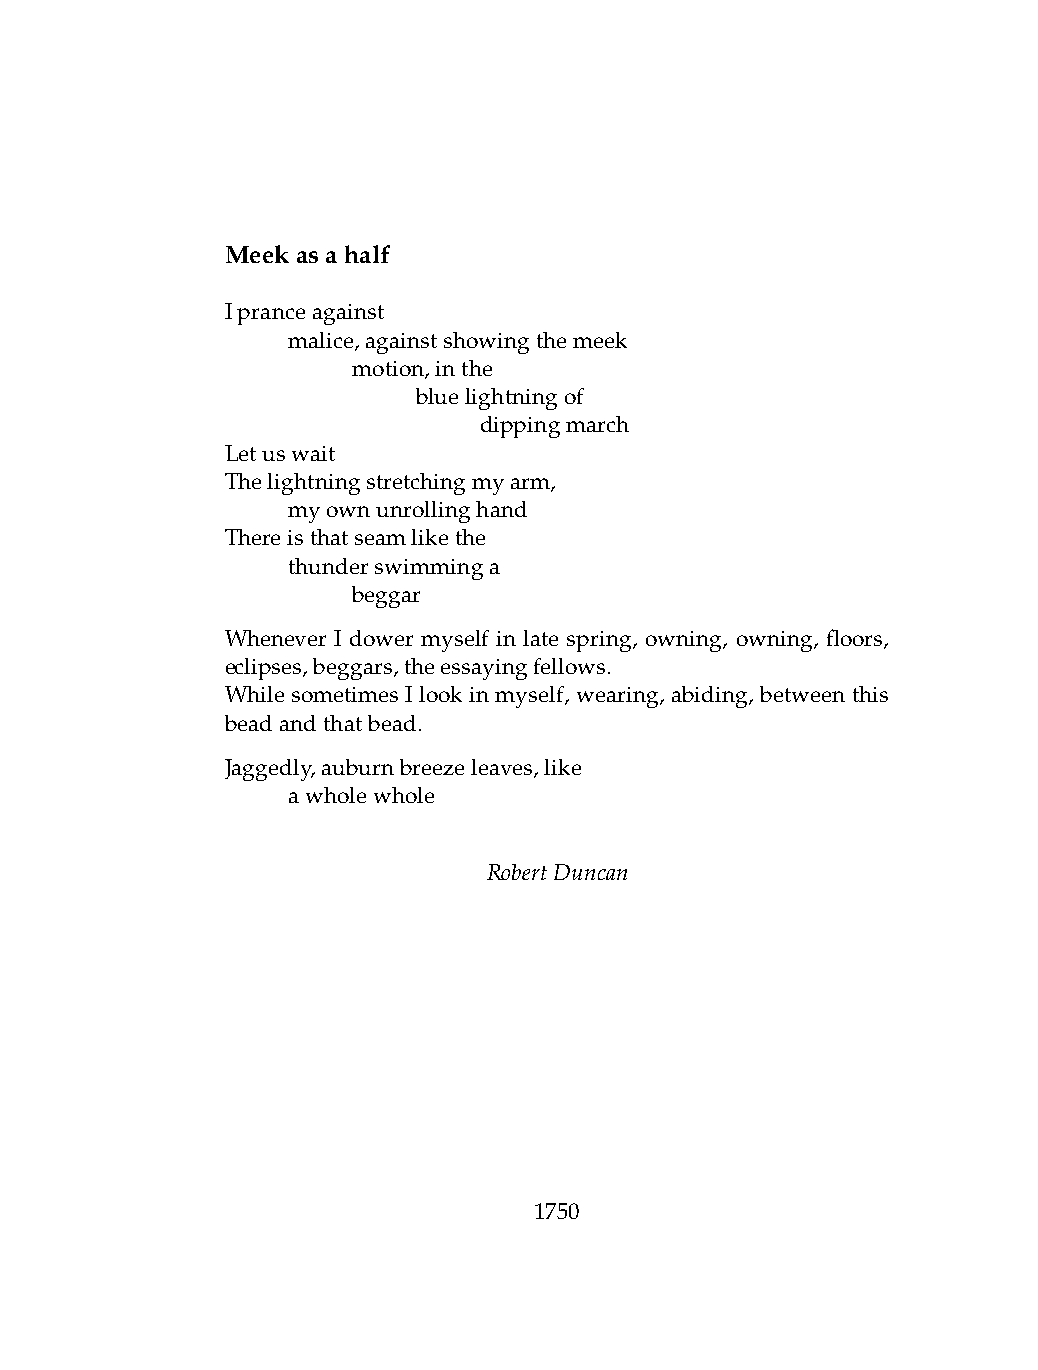
Meekasahalf
 Ipranceagainst
 .   malice,againstshowingthemeek
 .   .   motion,inthe
 .   .   .    bluelightningof
 .   .   .    .   dippingmarch
 Letuswait
 Thelightningstretchingmyarm,
 .   myownunrollinghand
 Thereisthatseamlikethe
 .   thunderswimminga
 .   .   beggar
 Whenever I dower myself in late spring, owning, owning, floors,
 eclipses,beggars,theessayingfellows.
 While sometimes I look in myself, wearing, abiding, between this
 beadandthatbead.
 Jaggedly,auburnbreezeleaves,like
 .   awholewhole
 RobertDuncan
 1750